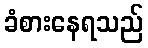
ခံစားနေရသည်